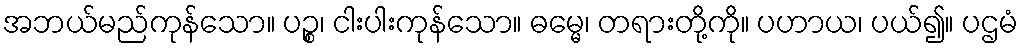
အဘယ်မည်ကုန်သော။ ပဉ္စ၊ ငါးပါးကုန်သော။ ဓမ္မေ၊ တရားတို့ကို။ ပဟာယ၊ ပယ်၍။ ပဌမံ